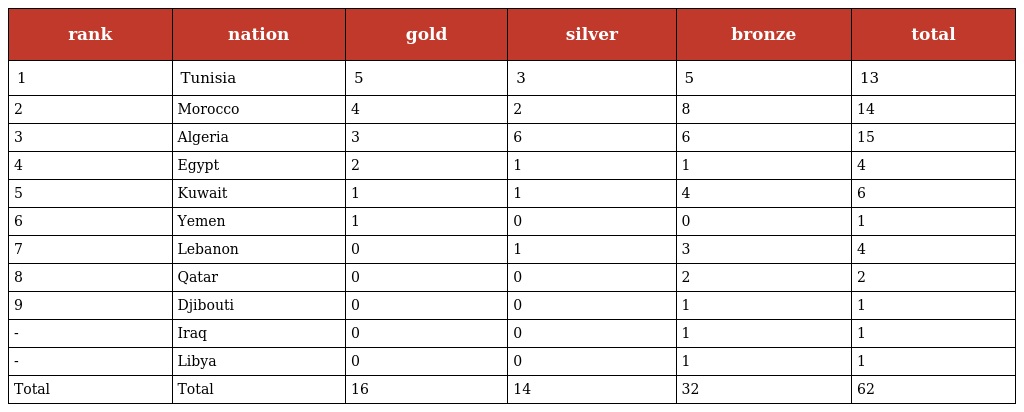
| rank | nation | gold | silver | bronze | total |
 | --- | --- | --- | --- | --- | --- |
 | 1 | Tunisia | 5 | 3 | 5 | 13 |
 | 2 | Morocco | 4 | 2 | 8 | 14 |
 | 3 | Algeria | 3 | 6 | 6 | 15 |
 | 4 | Egypt | 2 | 1 | 1 | 4 |
 | 5 | Kuwait | 1 | 1 | 4 | 6 |
 | 6 | Yemen | 1 | 0 | 0 | 1 |
 | 7 | Lebanon | 0 | 1 | 3 | 4 |
 | 8 | Qatar | 0 | 0 | 2 | 2 |
 | 9 | Djibouti | 0 | 0 | 1 | 1 |
 | - | Iraq | 0 | 0 | 1 | 1 |
 | - | Libya | 0 | 0 | 1 | 1 |
 | Total | Total | 16 | 14 | 32 | 62 |